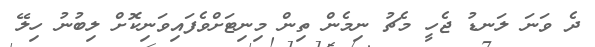
ދެ ވަނަ ލަނޑު ޖެހީ މެޗު ނިމެން ތިން މިނިޓަށްވެފައިވަނިކޮށް ލިބުނު ހިލޭ